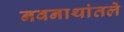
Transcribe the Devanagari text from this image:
नवनाथांतले